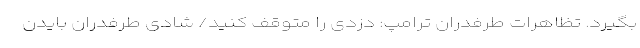
بگیرد. تظاهرات طرفدران ترامپ: دزدی را متوقف کنید/ شادی طرفدران بایدن